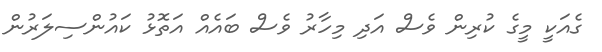
ގެއަކީ މީގެ ކުރިން ވެސް އަދި މިހާރު ވެސް ބައެއް އަތޮޅު ކައުންސިލަރުން